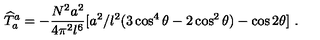
{ \widehat T } _ { a } ^ { a } = - { \frac { N ^ { 2 } a ^ { 2 } } { 4 \pi ^ { 2 } l ^ { 6 } } } [ a ^ { 2 } / l ^ { 2 } ( 3 \cos ^ { 4 } { \theta } - 2 \cos ^ { 2 } { \theta } ) - \cos { 2 \theta } ] \ .